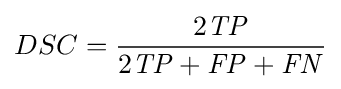
DSC={\frac {2{\mathit {TP}}}{2{\mathit {TP}}+{\mathit {FP}}+{\mathit {FN}}}}